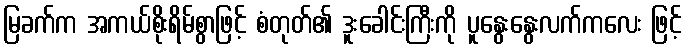
မြခက်က အကယ်စိုးရိမ်စွာဖြင့် စံတုတ်၏ ဒူးခေါင်းကြီးကို ပူနွေးနွေးလက်ကလေး ဖြင့်